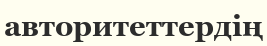
авторитеттердің